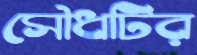
সৌধটির